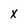
Character: x